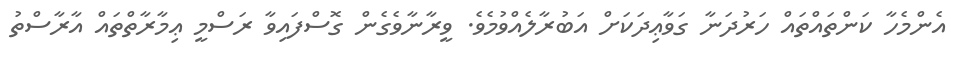
އެންމެހާ ކަންތައްތައް ހަރުދަނާ ގަވާޢިދަކަށް އަބުރާލެއްވުމެވެ. ވީރާނާވެގެން ގޮސްފައިވާ ރަސްމީ ޢިމާރާތްތައް އާރާސްތު